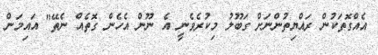
އެއްގޮތަކުން ރައްޔިތުންނަށް ގަބޫލު މިކުރެވެނީ އެ ނޫން އެހެން ގޮތެއް ނެތޭ" އައިމަން